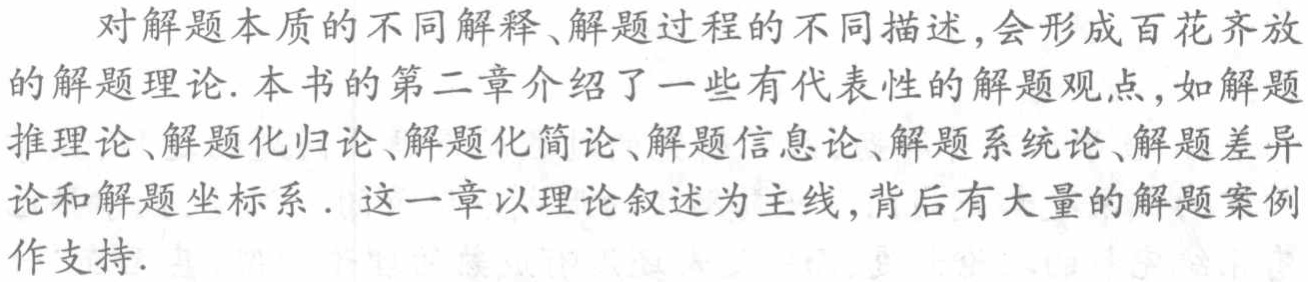
对解题本质的不同解释、解题过程的不同描述,会形成百花齐放的解题理论. 本书的第二章介绍了一些有代表性的解题观点,如解题推理论、解题化归论、解题化简论、解题信息论、解题系统论、解题差异论和解题坐标系. 这一章以理论叙述为主线,背后有大量的解题案例作支持.